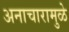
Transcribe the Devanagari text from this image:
अनाचारामुळे